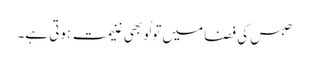
حبس کی فضا میں تو لُو بھی غنیمت ہوتی ہے۔